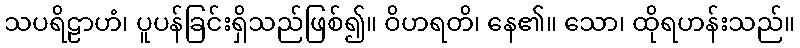
သပရိဠာဟံ၊ ပူပန်ခြင်းရှိသည်ဖြစ်၍။ ဝိဟရတိ၊ နေ၏။ သော၊ ထိုရဟန်းသည်။